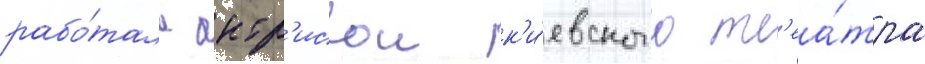
рабо́тала актр'исои к'и́евского т'еа́тра